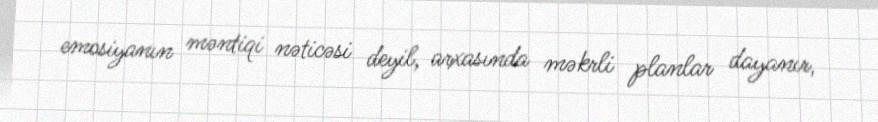
emosiyanın məntiqi nəticəsi deyil, arxasında məkrli planlar dayanır,